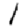
Digit: 1